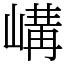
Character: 𡻉